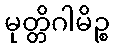
မုတ္တိဂါမိဉ္စ